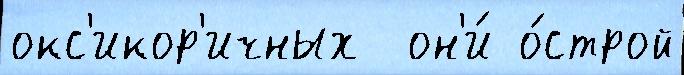
окс'икор'ичных  он'и́ о́строй